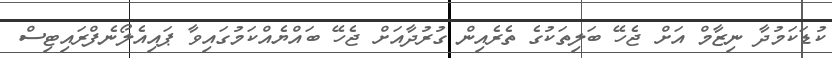
ކުޑަކަމުދާ ނިޒާމް އަށް ޖެހޭ ބަލިތަކުގެ ތެރެއިން ގުރުދާއަށް ޖެހޭ ބައްޔެއްކަމުގައިވާ ޕައިއެލޯނެފްރައިޓިސް